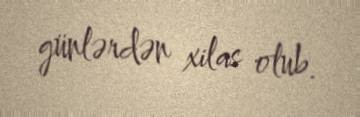
günlərdən xilas olub.